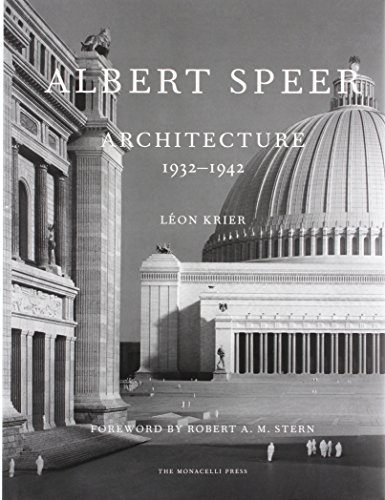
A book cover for Albert Speer: Architecture 1932-1942; Leon Krier; Crafts, Hobbies & Home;